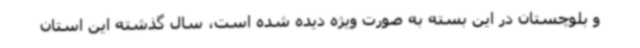
و بلوچستان در این بسته به صورت ویژه دیده شده است، سال گذشته این استان